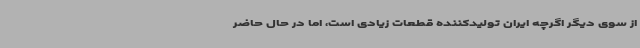
از سوی دیگر اگرچه ایران تولیدکننده قطعات زیادی است، اما در حال حاضر